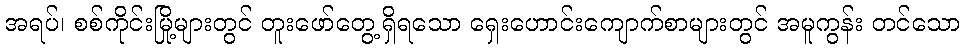
အရပ်၊ စစ်ကိုင်းမြို့များတွင် တူးဖော်တွေ့ရှိရသော ရှေးဟောင်းကျောက်စာများတွင် အမူကွန်း တင်သော